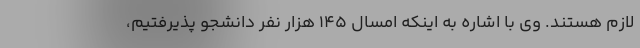
لازم هستند. وی با اشاره به اینکه امسال 145 هزار نفر دانشجو پذیرفتیم،